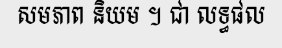
សមភាព និយម ។ ជា លទ្ធផល